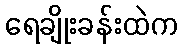
ရေချိုးခန်းထဲက